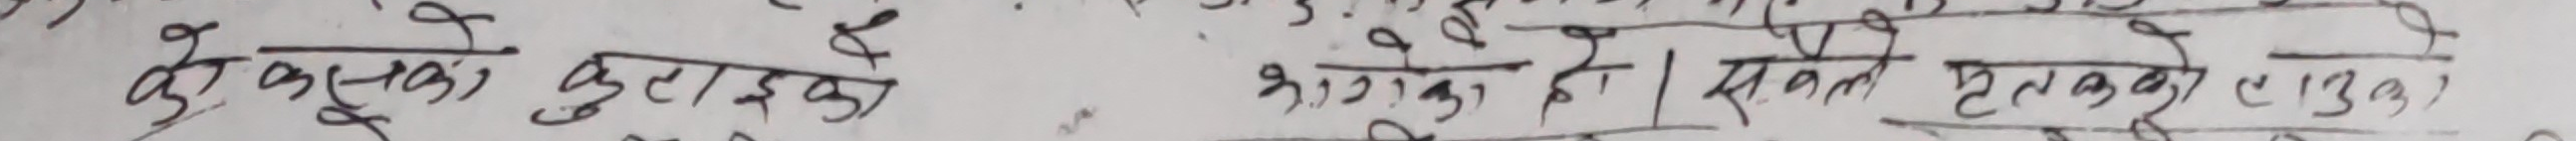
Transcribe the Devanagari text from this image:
के सुत्केरी हुनुहुन्छ
भनेर थाहा दिनको लागि